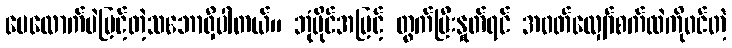
ပေလောက်ပဲမြင့်တဲ့သဘောရှိပါတယ်။ ဘုံပိုင်အမြင့် တွက်ပြီးနှုတ်ရင် အဝတ်လျှော်စက်ထဲကိုဝင်တဲ့